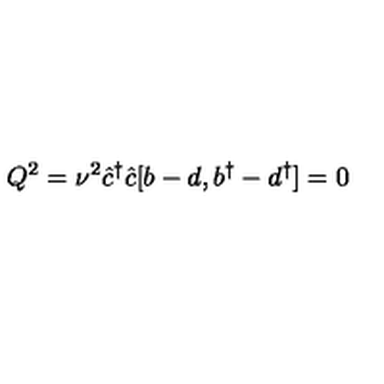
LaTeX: Q ^ { 2 } = { \nu } ^ { 2 } \hat { c } ^ { \dagger } \hat { c } [ b - d , b ^ { \dagger } - d ^ { \dagger } ] = 0